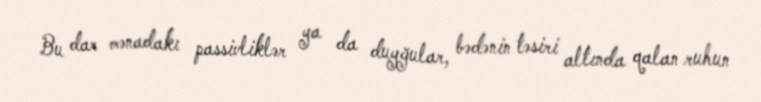
Bu dar mənadakı passivliklər ya da duyğular, bədənin təsiri altında qalan ruhun